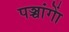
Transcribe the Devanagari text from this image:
पञ्चांगाें